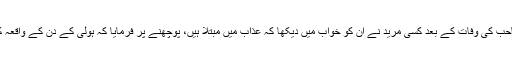
القصہ پیر صاحب کی وفات کے بعد کسی مرید نے ان کو خواب میں دیکھا کہ عذاب میں مبتلا ہیں، پوچھنے پر فرمایا کہ ہولی کے دن کے واقعہ کی پکڑہوگئی۔